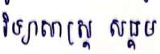
វិទ្យាសាស្ត្រ សង្គម